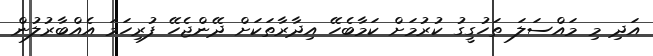
އަދި މި މައްސަލަ ތަހުގީގު ކުރުމަށް ކަމާބެހޭ އިދާރާތަކަށް ދޭންޖެހޭ ފުރިހަމަ އެއްބާރުލުން